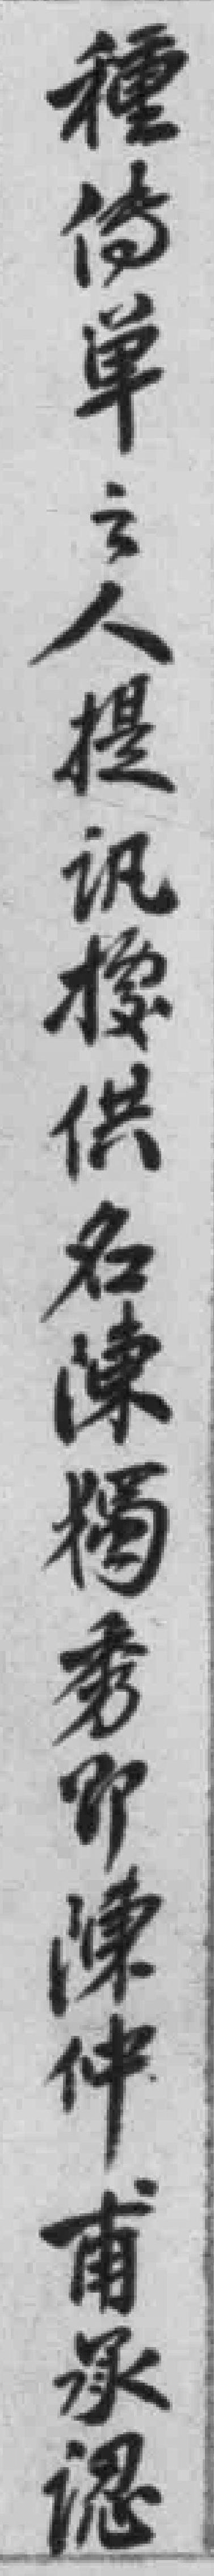
種倚單之人提讯據供名陳獨秀即陳仲甫承認